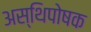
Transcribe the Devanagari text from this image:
अस्थिपोषक